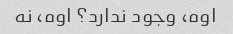
اوه، وجود ندارد؟ اوه، نه